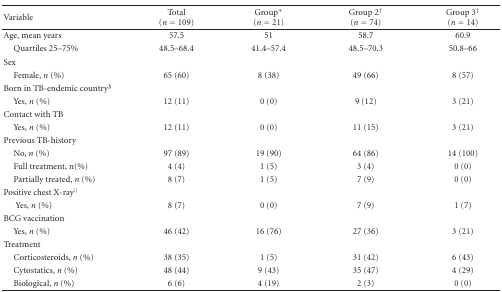
<table><thead><tr><td><b>Variable</b></td><td><b>Total (<i>n</i> = 109)</b></td><td><b>Group*(<i>n</i> = 21)</b></td><td><b>Group 2<sup>†</sup>(<i>n</i> = 74)</b></td><td><b>Group 3<sup>‡</sup>(<i>n</i> = 14)</b></td></tr></thead><tbody><tr><td>Age, mean years</td><td>57.5</td><td>51</td><td>58.7</td><td>60.9</td></tr><tr><td> Quartiles 25–75%</td><td>48.5–68.4</td><td>41.4–57.4</td><td>48.5–70.3</td><td>50.8–66</td></tr><tr><td>Sex</td><td></td><td></td><td></td><td></td></tr><tr><td> Female, <i>n</i> (%)</td><td>65 (60)</td><td>8 (38)</td><td>49 (66)</td><td>8 (57)</td></tr><tr><td>Born in TB-endemic country<sup>§</sup></td><td></td><td></td><td></td><td></td></tr><tr><td> Yes, <i>n</i> (%)</td><td>12 (11)</td><td>0 (0)</td><td>9 (12)</td><td>3 (21)</td></tr><tr><td>Contact with TB</td><td></td><td></td><td></td><td></td></tr><tr><td> Yes, <i>n</i> (%)</td><td>12 (11)</td><td>0 (0)</td><td>11 (15)</td><td>3 (21)</td></tr><tr><td>Previous TB-history</td><td></td><td></td><td></td><td></td></tr><tr><td> No, <i>n</i> (%)</td><td>97 (89)</td><td>19 (90)</td><td>64 (86)</td><td>14 (100)</td></tr><tr><td> Full treatment, n(%)</td><td>4 (4)</td><td>1 (5)</td><td>3 (4)</td><td>0 (0)</td></tr><tr><td> Partially treated, <i>n</i> (%)</td><td>8 (7)</td><td>1 (5)</td><td>7 (9)</td><td>0 (0)</td></tr><tr><td>Positive chest X-ray<sup>||</sup></td><td></td><td></td><td></td><td></td></tr><tr><td>Yes, <i>n</i> (%)</td><td>8 (7)</td><td>0 (0)</td><td>7 (9)</td><td>1 (7)</td></tr><tr><td>BCG vaccination</td><td></td><td></td><td></td><td></td></tr><tr><td> Yes, <i>n</i> (%)</td><td>46 (42)</td><td>16 (76)</td><td>27 (36)</td><td>3 (21)</td></tr><tr><td>Treatment</td><td></td><td></td><td></td><td></td></tr><tr><td> Corticosteroids, <i>n</i> (%)</td><td>38 (35)</td><td>1 (5)</td><td>31 (42)</td><td>6 (43)</td></tr><tr><td> Cytostatics, <i>n</i> (%)</td><td>48 (44)</td><td>9 (43)</td><td>35 (47)</td><td>4 (29)</td></tr><tr><td> Biological, <i>n</i> (%)</td><td>6 (6)</td><td>4 (19)</td><td>2 (3)</td><td>0 (0)</td></tr></tbody></table>